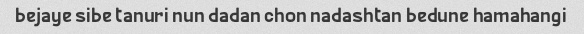
bejaye sibe tanuri nun dadan chon nadashtan bedune hamahangi